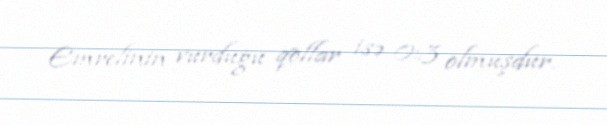
Emrelinin vurduğu qollar isə 0:3 olmuşdur.